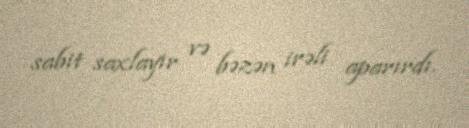
sabit saxlayır və bəzən irəli aparırdı.